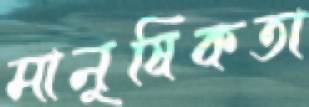
মানুষিকতা